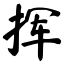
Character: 挥